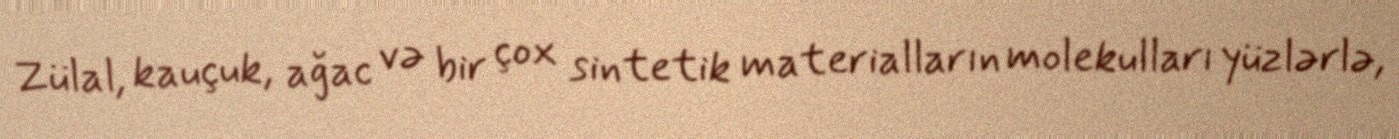
Zülal, kauçuk, ağac və bir çox sintetik materialların molekulları yüzlərlə,